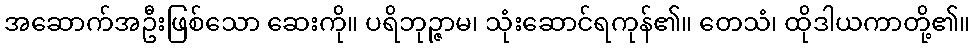
အဆောက်အဦးဖြစ်သော ဆေးကို။ ပရိဘုဉ္ဇာမ၊ သုံးဆောင်ရကုန်၏။ တေသံ၊ ထိုဒါယကာတို့၏။